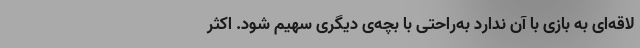
لاقه‌ای به بازی با آن ندارد به‌راحتی با بچه‌ی دیگری سهیم شود. اکثر